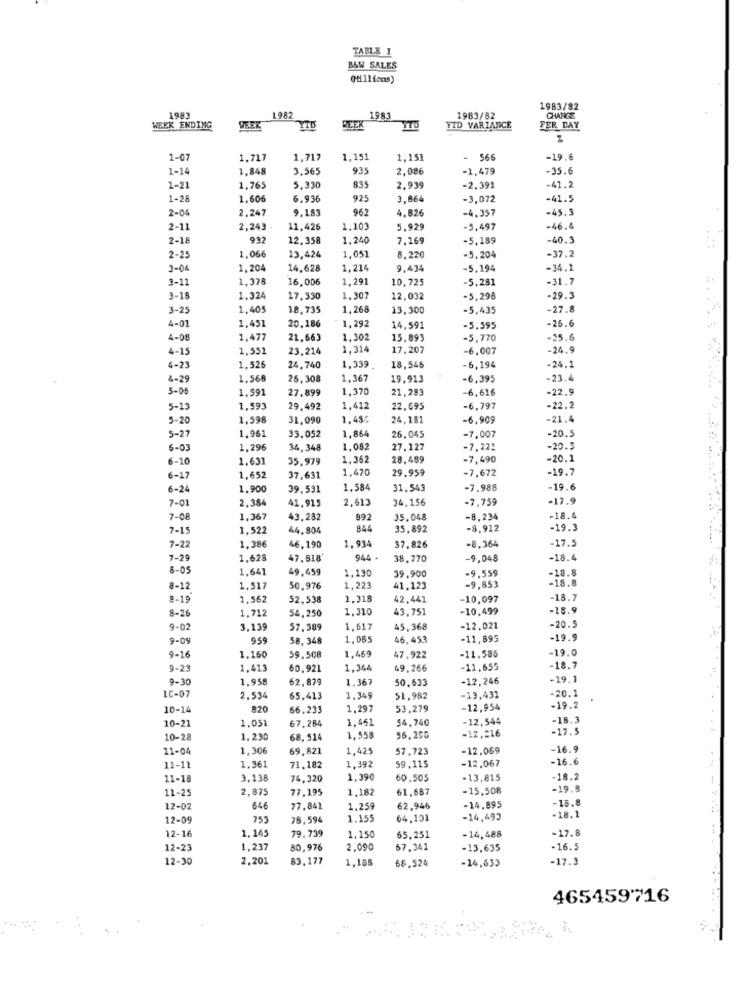
TABLE 1
B&W SALES
(Millions)
1983/82
1983
1982
1983
1983/82
CHANGE
WEEK ENDING
VEER
YTD
BEEK
TID VARIANCE
PER DAY
1-07
1.717
1,717
1,151
1,151
- 566
-19.6
1-14
1.848
3,565
935
2.086
-1,479
-35.6
1-21
1,765
5,330
835
2,939
-2,391
-41.2
1-28
1.606
6.936
925
3,864
-3,072
-41.5
2-04
2,247
9.183
962
4.826
-4.357
-45. 3
2-11
2,243
11,426
1.10
5.929
-5,497
-46.4
2-18
932
12,358
1,240
7,169
-5,189
-40.3
-37.2
2-25
1,066
13,424
1,051
8.220
-5,204
3-04
1,204
14,628
1,214
9,434
-5.194
-34.1
3-11
1,378
16,006
1,291
10,72
-5,281
-31.7
3-18
1.324
17.330
1.307
12,032
-5,296
-29.3
3-25
1,405
18,735
1,268
13,300
-5,435
-27.8
4-01
1,451
20.186
1,292
14,591
-5.595
-26.6
4-08
1,477
21,663
1,302
15.899
-5,770
-25.6
4-15
1,551
23,214
1,314
17,207
-6,007
-24.9
-24.1
4-23
1,526
24,740
1,339
18,546
-6,194
4-29
1,568
26,308
1,367
19.913
-6,395
-23.4
5-06
1.591
27.899
1.370
21,283
-6,616
-22.9
5-13
1,593
29.492
1,412
22,695
-6,797
-22.2
5-20
1.598
31,090
1.48;
24,181
-6,909
-21.4
1.961
1,864
-7,007
-20.5
5-27
33.052
26,045
6-03
1,296
34,348
1.082
27,127
-7,22:
-20.5
6-10
1.631
35,979
1.362
28,489
-7,490
-20.1
1.470
29.959
-7,672
-19.7
6-17
1.652
37,631
6-24
1.900
39.531
1.584
31,543
-7.988
-19.6
2,384
2,613
34,156
-7,759
-17.9
7-01
41,915
7-08
1,367
43,282
892
35,048
-8,234
-18.4
7-15
1.522
44,804
844
35.892
-8,912
-19.3
1.934
-8,364
-17.5
7-22
1.386
46.190
37.826
7-29
1.628
47.518'
944 -
38,770
-9,048
-18.4
5-05
1,641
49,459
1.130
-9,559
-18.8
39,900
-9,853
-18.8
8-12
1,517
50,976
1,223
41.123
8-19
1,562
52,538
1.318
42.441
-10,097
-18.7
1,712
54,250
1.310
43,751
-10,499
-18.9
8-26
9-02
3,139
57.389
1.617
45,368
-12,021
-20.5
9-09
959
58,348
1.065
46, 453
-11,895
-19.9
1,469
-11.586
-19.0
9-16
1.160
59.508
47.922
9-21
1.413
60,921
1.344
49,266
-11,655
-18.7
9-30
1.958
62,879
1.367
50,633
-12,246
-19.1
LC-07
-20.1
2.534
65,413
1.349
51.982
-13,431
10-14
820
66.233
1.297
53,279
-12,954
-19.2
10-21
1.051
67,284
1.451
54,740
-12,544
-18.3
-12,016
-17.5
10-28
1.290
68, 514
1.558
56.290
11-04
1,306
69,821
1,429
$7,723
-12.069
-16.9
1.392
-12,067
-16.6
11-11
1.361
71.182
59,115
11-18
3,138
74, 320
1,390
60.505
-13,815
-18.2
11-25
2,875
77.195
1,182
61,687
-15,508
-19.8
-15.8
12-02
646
77,841
1.259
62,946
-14.895
12-09
753
76.594
1.155
64,101
-14,493
-18.1
1.145
-17.8
12-16
79.739
1,150
65.251
-14,488
12-23
1,237
80,976
2,090
67.341
-13,635
-16.5
12-30
2.201
83.177
1.188
-17.3
68.524
-14,633
465459716